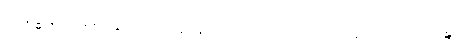
သိနိဒ္ဓါနိ ကိရေလွှ ဘောဇနာနိ၊ တာနိ သေဝတော ဇနဿ ပညာဝဍ္ဎ၊